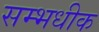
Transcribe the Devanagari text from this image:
सम्भधीक